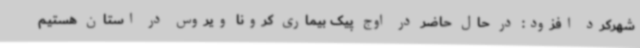
شهرکرد افزود: در حال حاضر در اوج پیک بیماری کرونا ویروس در استان هستیم